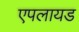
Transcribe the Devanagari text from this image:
एपलायड